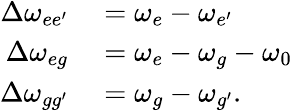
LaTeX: \begin{array}{rl}{\Delta\omega_{{ee^{\prime}}}}&{{}=\omega_{{e}}-\omega_{{e^{\prime}}}}\\ {\Delta\omega_{{eg}}}&{{}=\omega_{{e}}-\omega_{{g}}-\omega_{0}}\\ {\Delta\omega_{{gg^{\prime}}}}&{{}=\omega_{{g}}-\omega_{{g^{\prime}}}.}\end{array}